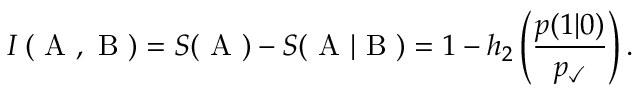
I \left( \mathrm { ~ A ~ } , \mathrm { ~ B ~ } \right) = S ( \mathrm { ~ A ~ } ) - S ( \mathrm { ~ A ~ } | \mathrm { ~ B ~ } ) = 1 - h _ { 2 } \left( \frac { p ( 1 | 0 ) } { p _ { \checkmark } } \right) .